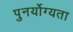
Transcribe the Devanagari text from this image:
पुनर्योग्यता